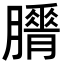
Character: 𦢕